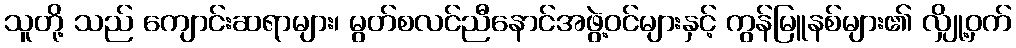
သူတို့ သည် ကျောင်းဆရာများ၊ မွတ်စလင်ညီနောင်အဖွဲ့ဝင်များနှင့် ကွန်မြူနစ်များ၏ လျှို့ဝှက်